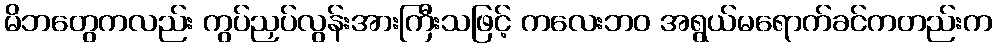
မိဘတွေကလည်း ကွပ်ညှပ်လွန်းအားကြီးသဖြင့် ကလေးဘဝ အရွယ်မရောက်ခင်ကတည်းက